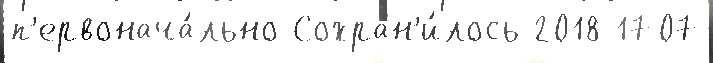
п'ервонача́льно Сохран'и́лось 2018 1707